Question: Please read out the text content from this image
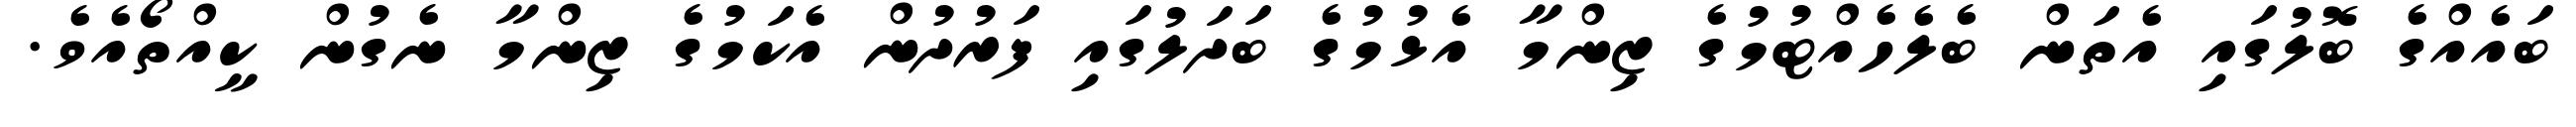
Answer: ބައެއްގެ ބޮލުގައި އެތަން ބެލެހެއްޓުމުގެ ޒިންމާ އެޅުމުގެ ބަދަލުގައި ފަރުދުން އެކަމުގެ ޒިންމާ ނެގުން ކީއްތޯއެވެ.